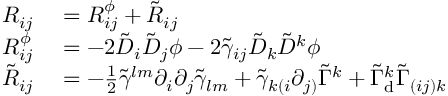
\begin{array} { r l } { R _ { i j } } & { { } = R _ { i j } ^ { \phi } + \tilde { R } _ { i j } } \\ { R _ { i j } ^ { \phi } } & { { } = - 2 \tilde { D } _ { i } \tilde { D } _ { j } \phi - 2 \tilde { \gamma } _ { i j } \tilde { D } _ { k } \tilde { D } ^ { k } \phi } \\ { \tilde { R } _ { i j } } & { { } = - \frac { 1 } { 2 } \tilde { \gamma } ^ { l m } \partial _ { i } \partial _ { j } \tilde { \gamma } _ { l m } + \tilde { \gamma } _ { k ( i } \partial _ { j ) } \tilde { \Gamma } ^ { k } + \tilde { \Gamma } _ { \mathrm { d } } ^ { k } \tilde { \Gamma } _ { ( i j ) k } } \end{array}